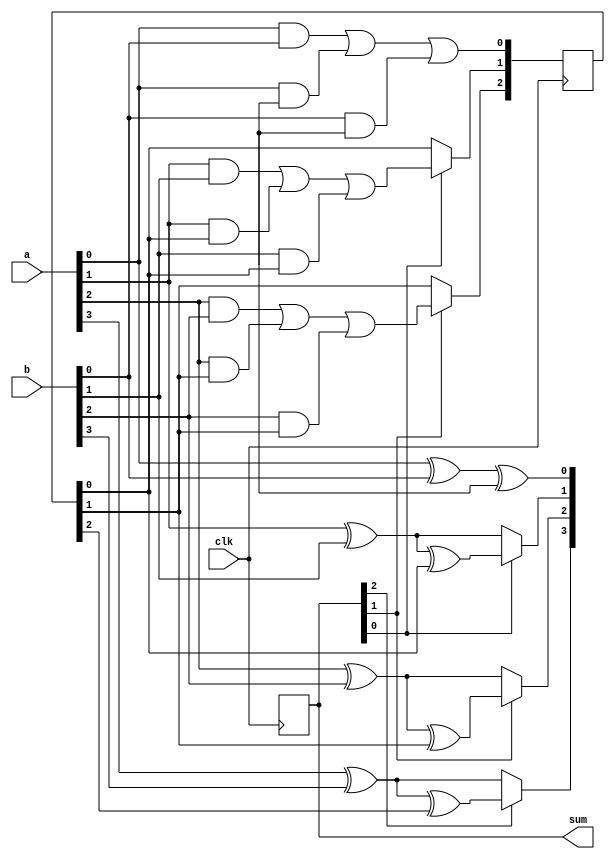
module carry_skip_adder (
    input wire clk,
    input wire [3:0] a,
    input wire [3:0] b,
    output reg [4:0] sum
);

reg [3:0] carry;

always @(posedge clk) begin
    // First full adder block
    sum[0] <= a[0] ^ b[0] ^ carry[0];
    carry[1] <= (a[0] & b[0]) | (a[0] & carry[0]) | (b[0] & carry[0]);
    
    // Second full adder block with carry-skip logic
    if (sum[0] == 1) begin
        sum[1] <= a[1] ^ b[1] ^ carry[1];
        carry[2] <= (a[1] & b[1]) | (a[1] & carry[1]) | (b[1] & carry[1]);
    end else begin
        sum[1] <= a[1] ^ b[1];
        carry[2] <= carry[1];
    end
    
    // Third full adder block with carry-skip logic
    if (sum[1] == 1) begin
        sum[2] <= a[2] ^ b[2] ^ carry[2];
        carry[3] <= (a[2] & b[2]) | (a[2] & carry[2]) | (b[2] & carry[2]);
    end else begin
        sum[2] <= a[2] ^ b[2];
        carry[3] <= carry[2];
    end
    
    // Fourth full adder block with carry-skip logic
    if (sum[2] == 1) begin
        sum[3] <= a[3] ^ b[3] ^ carry[3];
        carry[4] <= (a[3] & b[3]) | (a[3] & carry[3]) | (b[3] & carry[3]);
    end else begin
        sum[3] <= a[3] ^ b[3];
        carry[4] <= carry[3];
    end
    
    // Final sum bit
    sum[4] <= carry[4];
end

endmodule